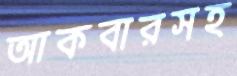
আকবারসহ